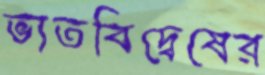
ভাতবিদ্বেষের